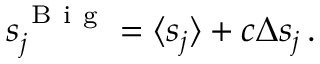
s _ { j } ^ { \mathrm { ~ B ~ i ~ g ~ } } = \langle s _ { j } \rangle + c \Delta s _ { j } \, .